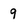
Character: 9